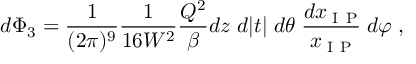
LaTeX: d \Phi _ { 3 } = \frac { 1 } { ( 2 \pi ) ^ { 9 } } \frac { 1 } { 1 6 W ^ { 2 } } \frac { Q ^ { 2 } } { \beta } d z \; d | t | \; d \theta \; \frac { d x _ { \mathrm { \tiny ~ I ~ \! ~ P } } } { x _ { \mathrm { \tiny ~ I ~ \! ~ P } } } \; d \varphi \; ,